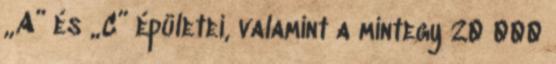
„A” és „C” épületei, valamint a mintegy 20 000